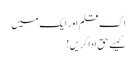
اِک قلم اور ایک میں
کیسے حق ادا کریں!